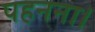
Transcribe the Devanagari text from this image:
पहनना।